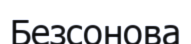
Безсонова